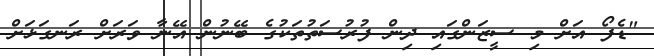
"ޑެފޯ އަށް މި ސީޒަންގައި ދިން ފުރުސަތުތަކުގެ ބޭނުން އޭނާ ވަރަށް ރަނގަޅަށް